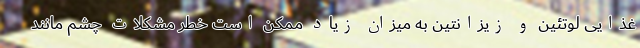
غذایی لوتئین و زیزانتین به میزان زیاد ممکن است خطر مشکلات چشم مانند